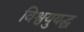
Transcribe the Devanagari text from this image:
विश्वयुयद्ध